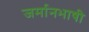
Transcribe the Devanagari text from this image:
जर्मानभाषी